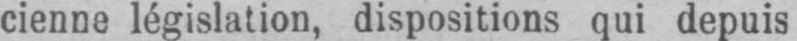
cienne législation, dispositions qui depuis